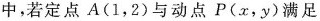
中，若定点A(1，2)与动点P(x，y)满足